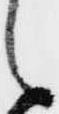
之